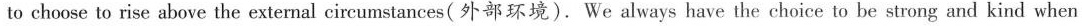
to choose to rise above the external circumstances(外部环境).We always have the choice to be strong and kind when